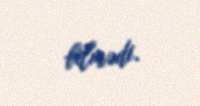
bilmədi.